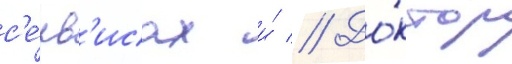
с'е́рв'исах и́ // До́ктор